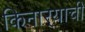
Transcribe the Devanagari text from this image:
किनार्‍याची